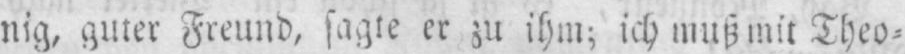
nig, guter Freund, sagte er zu ihm; ich muß mit Theo⸗